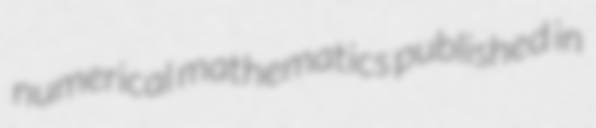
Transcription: numerical mathematics published in